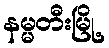
နမ္မတီးမြို့